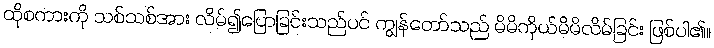
ထိုစကားကို သစ်သစ်အား လိမ်၍ပြောခြင်းသည်ပင် ကျွန်တော်သည် မိမိကိုယ်မိမိလိမ်ခြင်း ဖြစ်ပါ၏။